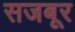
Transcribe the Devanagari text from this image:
सजबूर